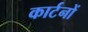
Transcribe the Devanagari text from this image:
कार्टनों